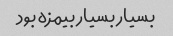
بسیار بسیار بیمزه بود